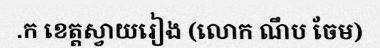
.ក ខេត្តស្វាយរៀង (លោក ណឹប ចែម)